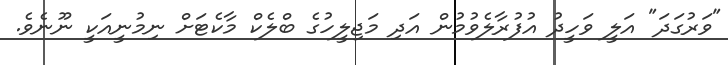
"ވަރުގަދަ" އަލީ ވަހީދު އުފުރާލެވުމުން އަދި މަޖިލީހުގެ ބްލެކް މާކެޓަށް ނިމުނީއަކީ ނޫނެވެ.